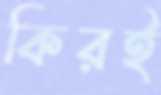
কিরই